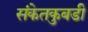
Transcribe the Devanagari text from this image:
संकेतकुबडी